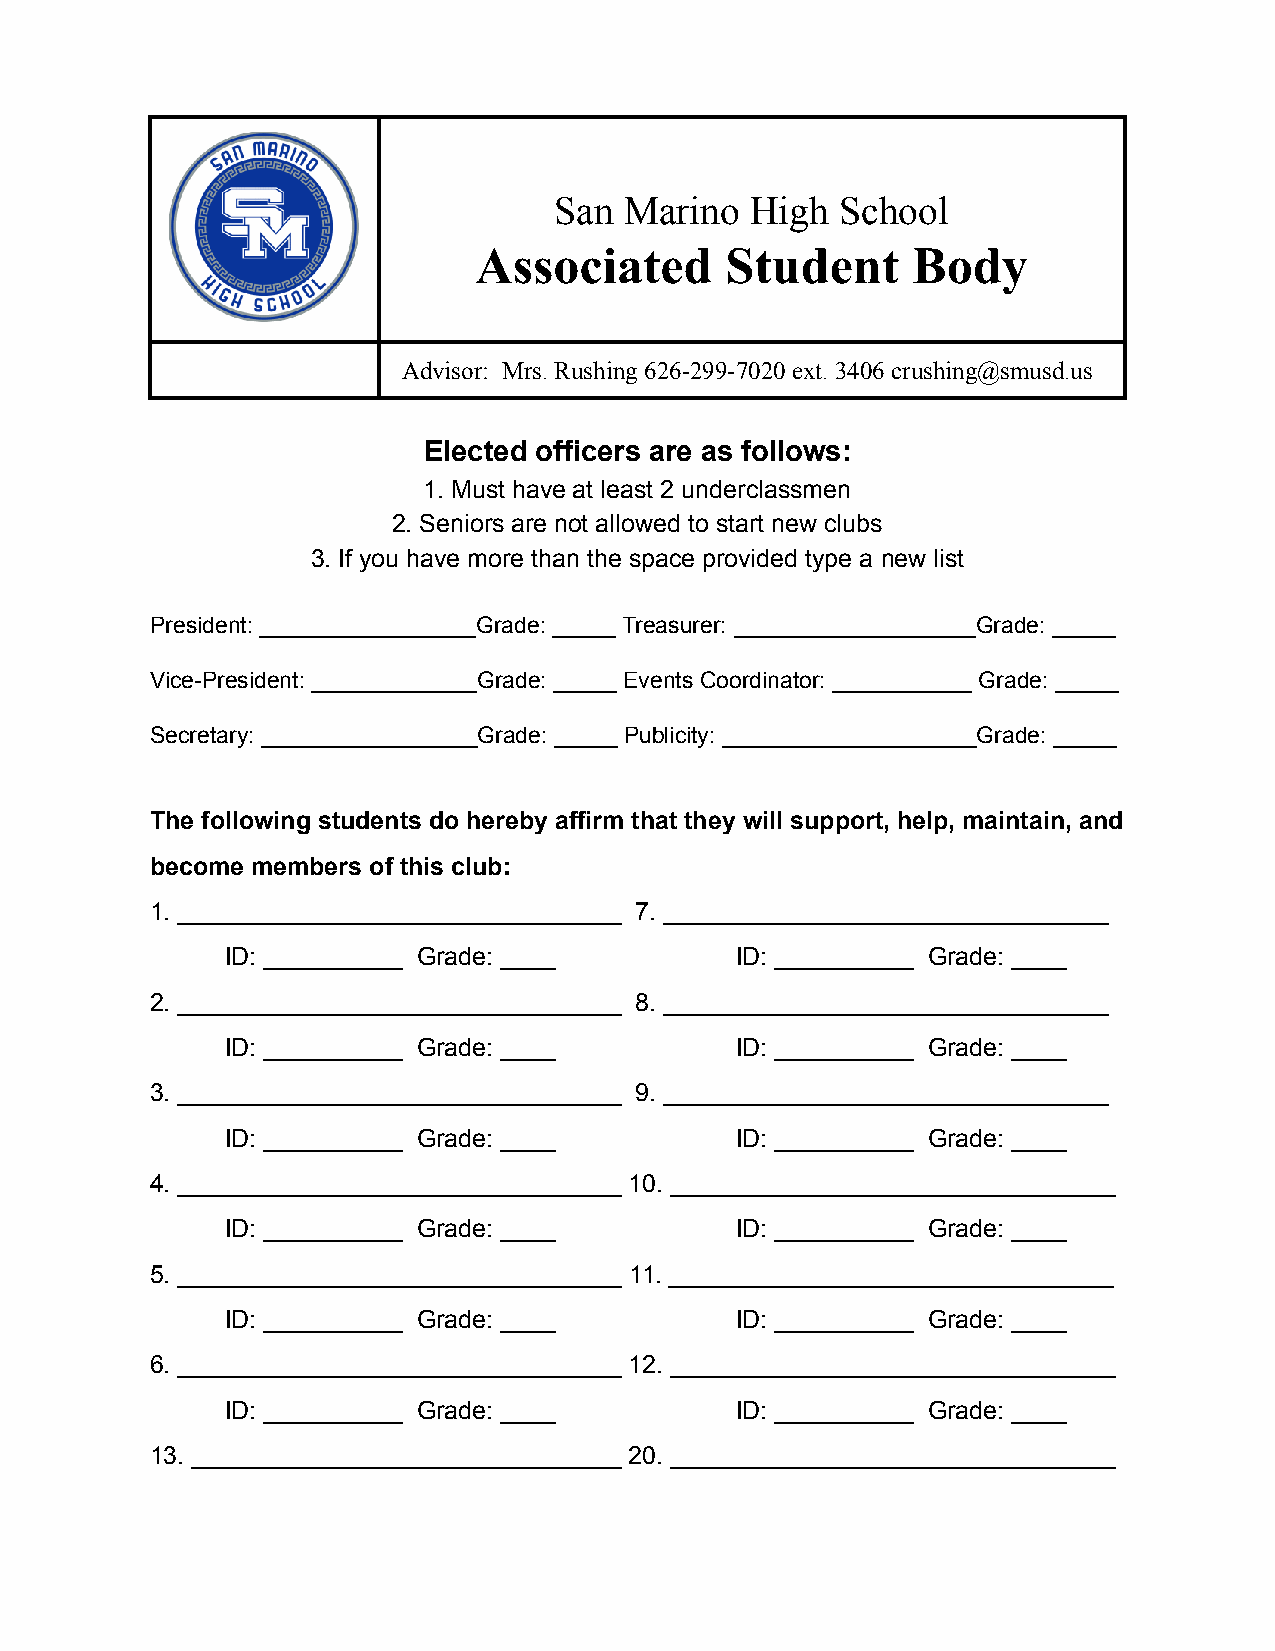
San Marino   High  School
 Associated       Student     Body
 Advisor: Mrs. Rushing 626-299-7020 ext. 3406 crushing@smusd.us
 Elected officers are as follows:
 1. Must have at least 2 underclassmen
 2. Seniors are not allowed to start new clubs
 3. If you have more than the space provided type a new list
 President: _________________Grade: _____ Treasurer: ___________________Grade: _____
 Vice-President: _____________Grade: _____ Events Coordinator: ___________ Grade: _____
 Secretary: _________________Grade: _____ Publicity: ____________________Grade: _____
 The following students do hereby affirm that they will support, help, maintain, and
 become members of this club:
 1. ________________________________ 7. ________________________________
 ID: __________ Grade: ____        ID: __________ Grade: ____
 2. ________________________________ 8. ________________________________
 ID: __________ Grade: ____        ID: __________ Grade: ____
 3. ________________________________ 9. ________________________________
 ID: __________ Grade: ____        ID: __________ Grade: ____
 4. ________________________________ 10. ________________________________
 ID: __________ Grade: ____        ID: __________ Grade: ____
 5. ________________________________ 11. ________________________________
 ID: __________ Grade: ____        ID: __________ Grade: ____
 6. ________________________________ 12. ________________________________
 ID: __________ Grade: ____        ID: __________ Grade: ____
 13. _______________________________ 20. ________________________________